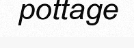
pottage